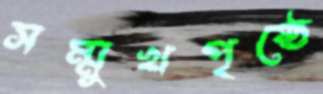
সম্মুখপৃষ্ঠে